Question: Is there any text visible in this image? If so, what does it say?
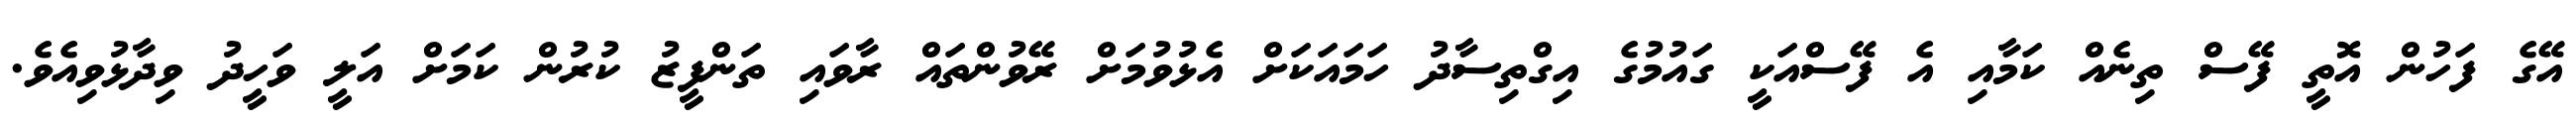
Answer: އޭގެ ފަހުން އޮތީ ފޭސް ތިނެއް ކަމާއި އެ ފޭސްއަކީ ގައުމުގެ އިގްތިސާދު ހަމައަކަށް އެޅުވުމަށް ރޭވުންތައް ރާވައި ތަންފީޒު ކުރުން ކަމަށް އަލީ ވަހީދު ވިދާޅުވިއެވެ.